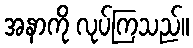
အနာကို လုပ်ကြသည်။